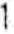
1